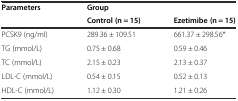
| Parameters | Group |  |
 |  | Control (n = 15) | Ezetimibe (n = 15) |
 | --- | --- | --- |
 | PCSK9 (ng/ml) | 289.36 ± 109.51 | 661.37 ± 298.56* |
 | TG (mmol/L) | 0.75 ± 0.68 | 0.59 ± 0.46 |
 | TC (mmol/L) | 2.15 ± 0.23 | 2.13 ± 0.37 |
 | LDL-C (mmol/L) | 0.54 ± 0.15 | 0.52 ± 0.13 |
 | HDL-C (mmol/L) | 1.12 ± 0.30 | 1.21 ± 0.26 |